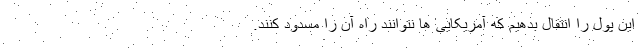
این پول را انتقال بدهیم که آمریکایی ها نتوانند راه آن را مسدود کنند.